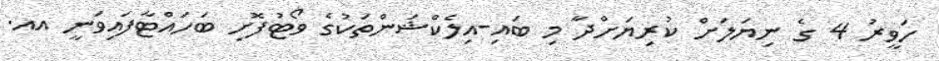
ހަވީރު 4 ގެ ނިޔަލަށް ކުރިޔަށްދާ މި ބައި-އިލެކްޝަންތަކުގެ ވޯޓުފޮށި ބަހައްޓާފައިވަނީ އއ.